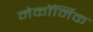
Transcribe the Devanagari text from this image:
मेकॉर्मिक